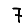
Digit: 7